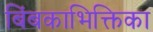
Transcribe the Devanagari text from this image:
बिंबकाभिक्तिका